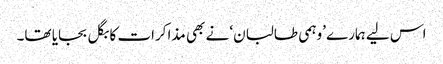
اس لیے ہمارے ’وہمی طالبان‘ نے بھی مذاکرات کا بگل بجایا تھا۔